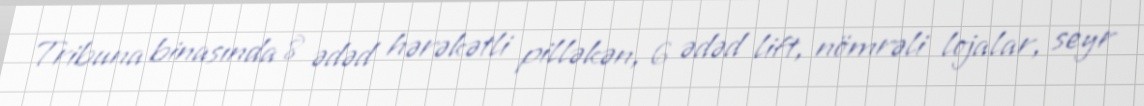
Tribuna binasında 8 ədəd hərəkətli pilləkən, 6 ədəd lift, nömrəli lojalar, seyr